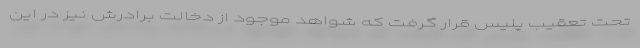
تحت تعقیب پلیس قرار گرفت که شواهد موجود از دخالت برادرش نیز در این